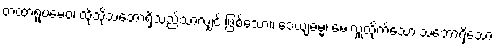
တထာရူပမေဝ၊ ထိုသို့သဘောရှိသည်သာလျှင် ဖြစ်သော။ ဒေယျဓမ္မံ၊ မေးလှူထိုက်သော သဘောရှိသော